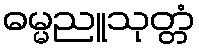
ဓမ္မညူသုတ္တံ